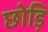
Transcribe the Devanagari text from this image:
छोड़ि